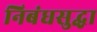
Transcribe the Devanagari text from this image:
निबंधसुद्धा